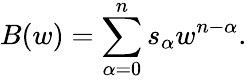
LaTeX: B(w)=\sum_{\alpha=0}^{n}s_{\alpha}w^{n-\alpha}.